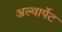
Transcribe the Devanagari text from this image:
अल्वार्पेट